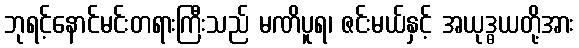
ဘုရင့်နောင်မင်းတရားကြီးသည် မဏိပူရ၊ ဇင်းမယ်နှင့် အယုဒ္ဓယတို့အား